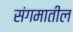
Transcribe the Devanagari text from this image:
संगमातील